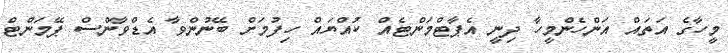
މީހާގެ އަތައް އަންހެންމީހާ ދިނީ އެޕާޓްމަންޓެއް ކުއްޔައް ހިފުމަށް ބޭނުންވާ އެޑްވާންސް ޕޭމަންޓް